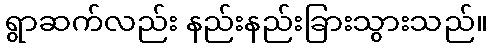
ရွာဆက်လည်း နည်းနည်းခြားသွားသည်။